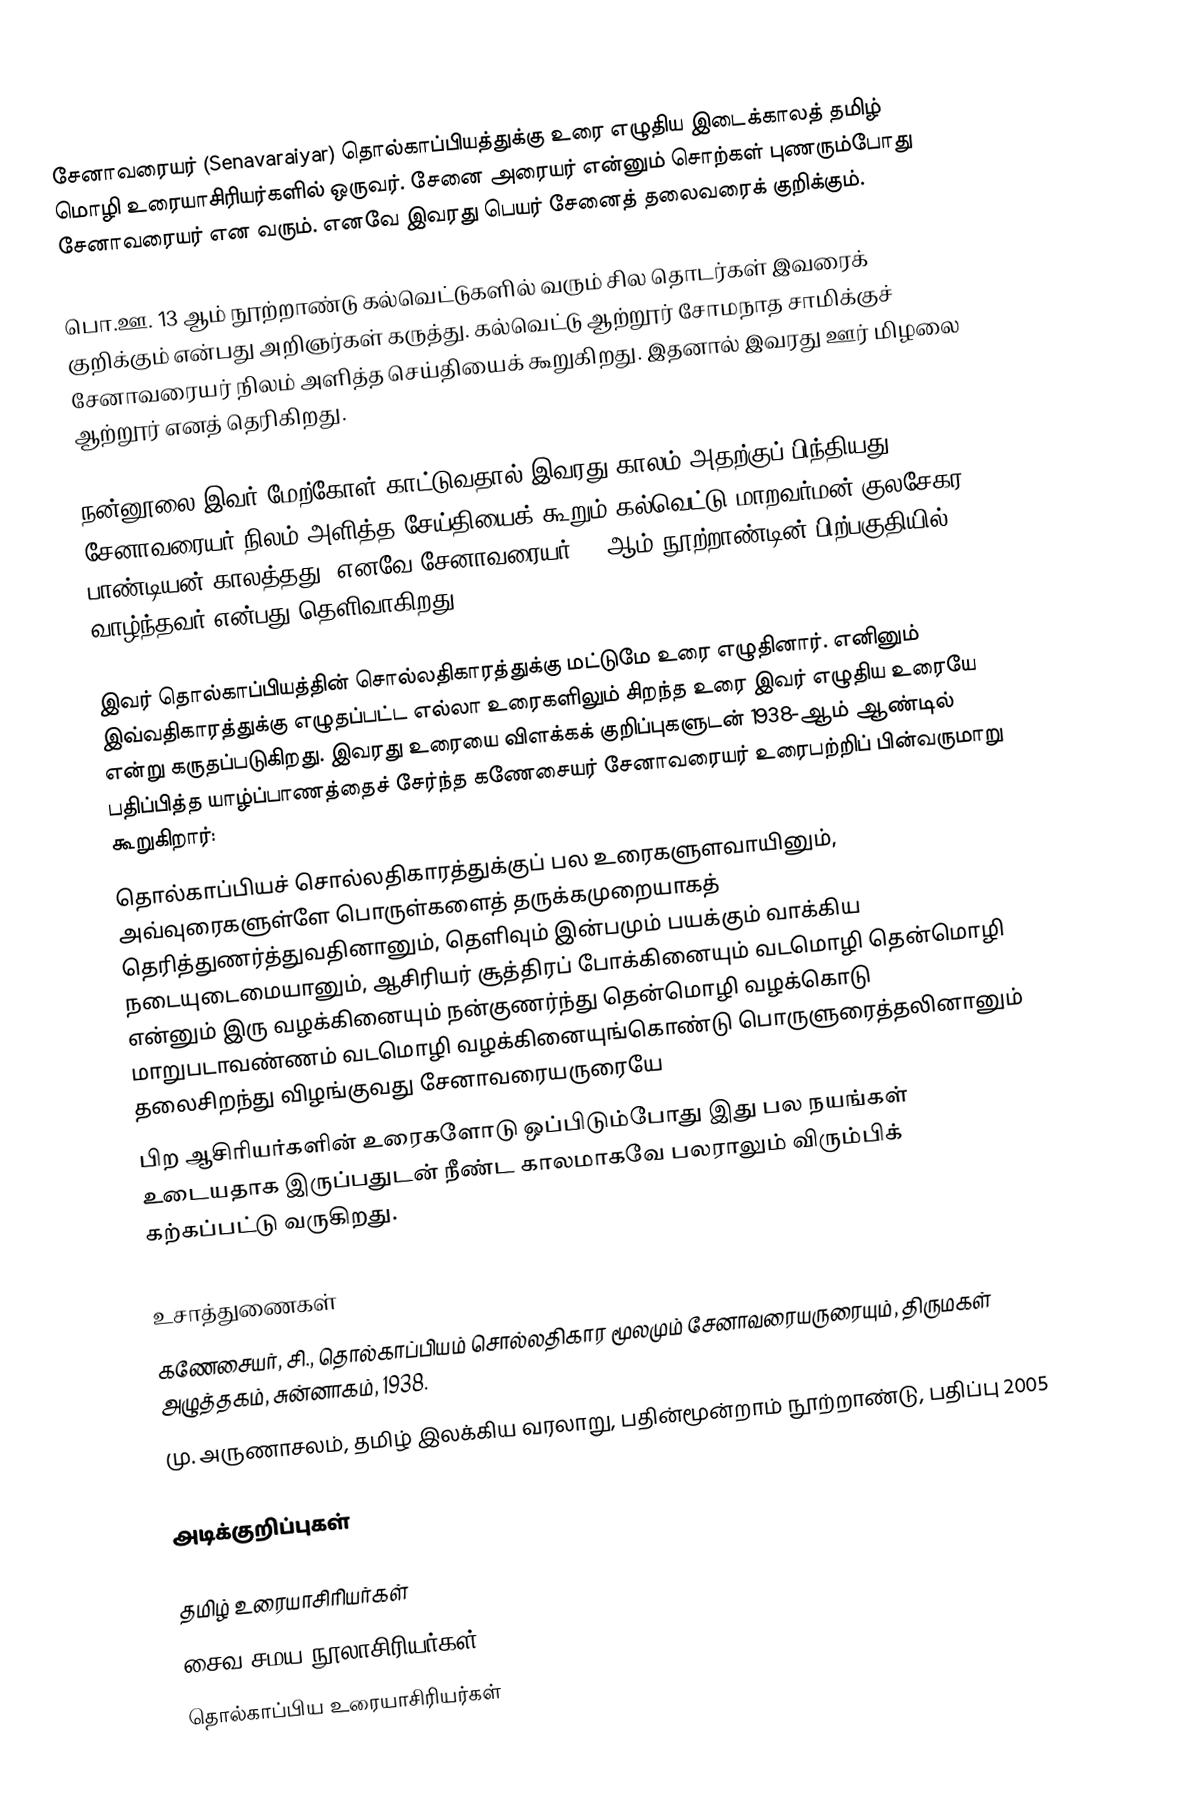
சேனாவரையர் (Senavaraiyar) தொல்காப்பியத்துக்கு உரை எழுதிய இடைக்காலத் தமிழ் மொழி உரையாசிரியர்களில் ஒருவர். சேனை அரையர் என்னும் சொற்கள் புணரும்போது சேனாவரையர் என வரும். எனவே இவரது பெயர் சேனைத் தலைவரைக் குறிக்கும்.

பொ.ஊ. 13 ஆம் நூற்றாண்டு கல்வெட்டுகளில் வரும் சில தொடர்கள் இவரைக் குறிக்கும் என்பது அறிஞர்கள் கருத்து. கல்வெட்டு ஆற்றூர் சோமநாத சாமிக்குச் சேனாவரையர் நிலம் அளித்த செய்தியைக் கூறுகிறது. இதனால் இவரது ஊர் மிழலை ஆற்றூர் எனத் தெரிகிறது.

நன்னூலை இவர் மேற்கோள் காட்டுவதால் இவரது காலம் அதற்குப் பிந்தியது. சேனாவரையர் நிலம் அளித்த சேய்தியைக் கூறும் கல்வெட்டு மாறவர்மன் குலசேகர பாண்டியன் காலத்தது. எனவே சேனாவரையர் 13 ஆம் நூற்றாண்டின் பிற்பகுதியில் வாழ்ந்தவர் என்பது தெளிவாகிறது.

இவர் தொல்காப்பியத்தின் சொல்லதிகாரத்துக்கு மட்டுமே உரை எழுதினார். எனினும் இவ்வதிகாரத்துக்கு எழுதப்பட்ட எல்லா உரைகளிலும் சிறந்த உரை இவர் எழுதிய உரையே என்று கருதப்படுகிறது. இவரது உரையை விளக்கக் குறிப்புகளுடன் 1938-ஆம் ஆண்டில் பதிப்பித்த யாழ்ப்பாணத்தைச் சேர்ந்த கணேசையர் சேனாவரையர் உரைபற்றிப் பின்வருமாறு கூறுகிறார்:
 தொல்காப்பியச் சொல்லதிகாரத்துக்குப் பல உரைகளுளவாயினும், அவ்வுரைகளுள்ளே பொருள்களைத் தருக்கமுறையாகத் தெரித்துணர்த்துவதினானும், தெளிவும் இன்பமும் பயக்கும் வாக்கிய நடையுடைமையானும், ஆசிரியர் சூத்திரப் போக்கினையும் வடமொழி தென்மொழி என்னும் இரு வழக்கினையும் நன்குணர்ந்து தென்மொழி வழக்கொடு மாறுபடாவண்ணம் வடமொழி வழக்கினையுங்கொண்டு பொருளுரைத்தலினானும் தலைசிறந்து விழங்குவது சேனாவரையருரையே
பிற ஆசிரியர்களின் உரைகளோடு ஒப்பிடும்போது இது பல நயங்கள் உடையதாக இருப்பதுடன் நீண்ட காலமாகவே பலராலும் விரும்பிக் கற்கப்பட்டு வருகிறது.

உசாத்துணைகள்
 கணேசையர், சி., தொல்காப்பியம் சொல்லதிகார மூலமும் சேனாவரையருரையும், திருமகள் அழுத்தகம், சுன்னாகம், 1938.
மு. அருணாசலம், தமிழ் இலக்கிய வரலாறு, பதின்மூன்றாம் நூற்றாண்டு, பதிப்பு 2005

அடிக்குறிப்புகள்

தமிழ் உரையாசிரியர்கள்
சைவ சமய நூலாசிரியர்கள்
தொல்காப்பிய உரையாசிரியர்கள்